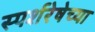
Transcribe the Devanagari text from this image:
स्पर्शरेषेच्या